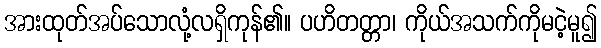
အားထုတ်အပ်သောလုံ့လရှိကုန်၏။ ပဟိတတ္တာ၊ ကိုယ်အသက်ကိုမငဲ့မူ၍